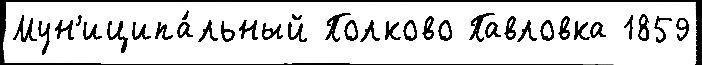
Мун'иципа́льный Полково Павловка 1859